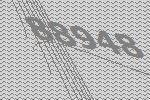
88948